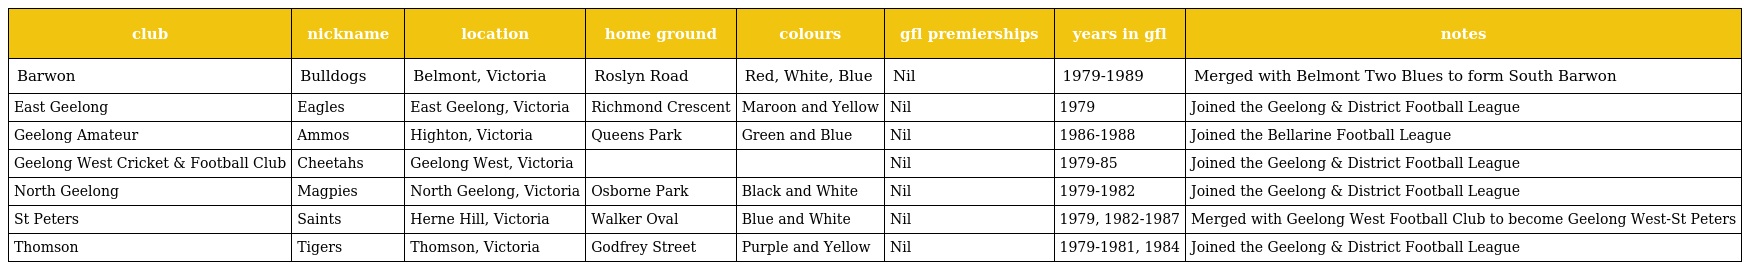
| club | nickname | location | home ground | colours | gfl premierships | years in gfl | notes |
 | --- | --- | --- | --- | --- | --- | --- | --- |
 | Barwon | Bulldogs | Belmont, Victoria | Roslyn Road | Red, White, Blue | Nil | 1979-1989 | Merged with Belmont Two Blues to form South Barwon |
 | East Geelong | Eagles | East Geelong, Victoria | Richmond Crescent | Maroon and Yellow | Nil | 1979 | Joined the Geelong & District Football League |
 | Geelong Amateur | Ammos | Highton, Victoria | Queens Park | Green and Blue | Nil | 1986-1988 | Joined the Bellarine Football League |
 | Geelong West Cricket & Football Club | Cheetahs | Geelong West, Victoria |  |  | Nil | 1979-85 | Joined the Geelong & District Football League |
 | North Geelong | Magpies | North Geelong, Victoria | Osborne Park | Black and White | Nil | 1979-1982 | Joined the Geelong & District Football League |
 | St Peters | Saints | Herne Hill, Victoria | Walker Oval | Blue and White | Nil | 1979, 1982-1987 | Merged with Geelong West Football Club to become Geelong West-St Peters |
 | Thomson | Tigers | Thomson, Victoria | Godfrey Street | Purple and Yellow | Nil | 1979-1981, 1984 | Joined the Geelong & District Football League |